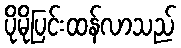
ပိုမိုပြင်းထန်လာသည်